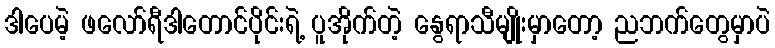
ဒါပေမဲ့ ဖလော်ရီဒါတောင်ပိုင်းရဲ့ ပူအိုက်တဲ့ နွေရာသီမျိုးမှာတော့ ညဘက်တွေမှာပဲ